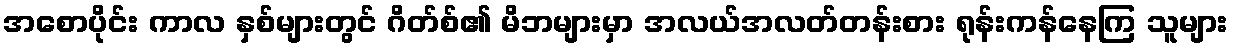
အစောပိုင်း ကာလ နှစ်များတွင် ဂိတ်စ်၏ မိဘများမှာ အလယ်အလတ်တန်းစား ရုန်းကန်နေကြ သူများ